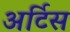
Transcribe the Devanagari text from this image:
अर्टिस